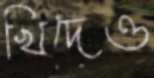
খিদেও